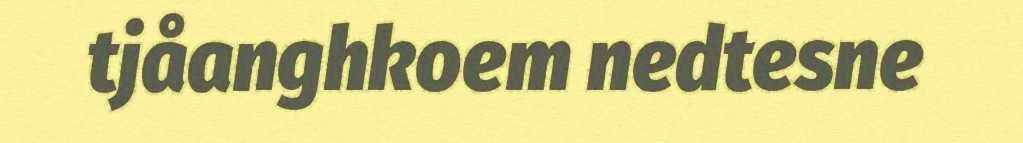
tjåanghkoem nedtesne